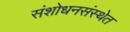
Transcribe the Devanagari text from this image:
संशोधनसंस्थेत